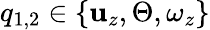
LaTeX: q_{1,2}\in\{ \mathbf{u}_{z},\Theta,\omega_{z}\}